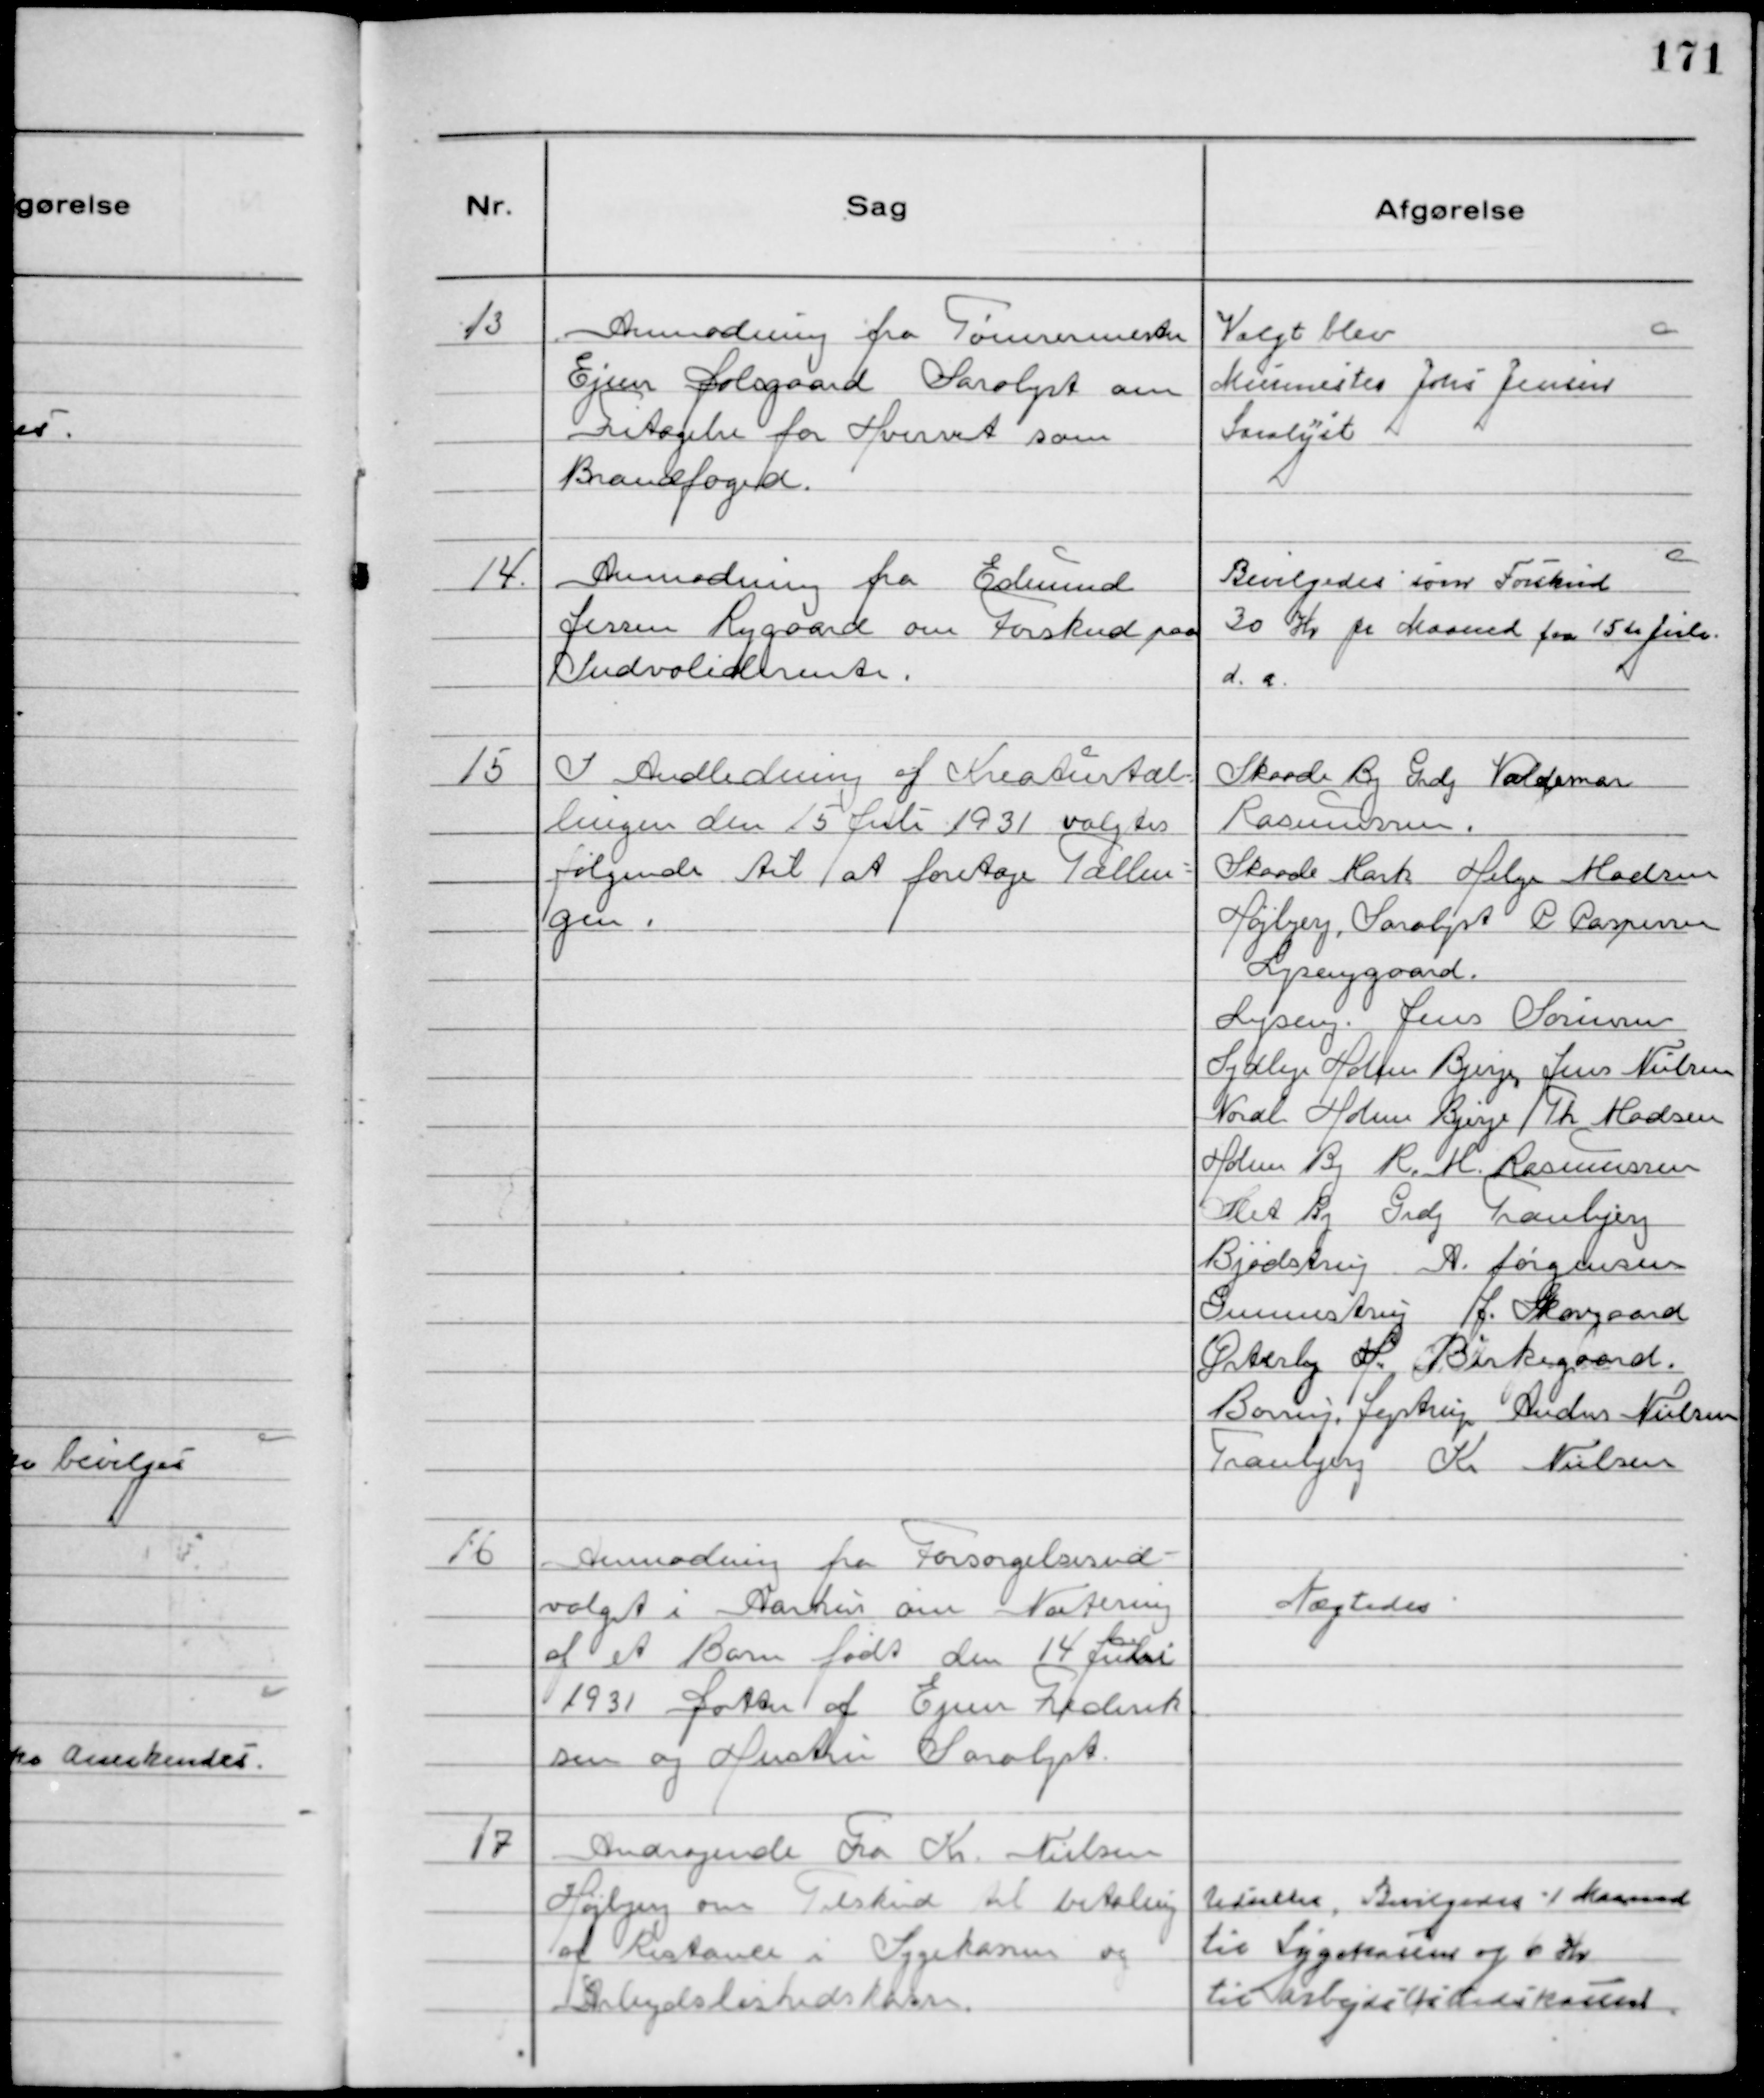
Transskription:
13
Anmodning fra Tømrermester
Ejner Dalsgaard Saralyst om
Fritagelse for Hvervet som
Brandfoged.

Valgt blev
Muremester Jens Jensen
Saralyst

14.
Anmodning fra Edmund
Jessen Rygaard om Forskud paa
Indvaliderente.

Bevilgedes som Forskud
30 Kr pr Maaned fra 15te Juli
d.a.

15
I Andledning af Kreaturtæl-
lingen den 15 Juli 1931 valgtes
følgende til at foretage Tællin-
gen.

Skaade By Grdj Valdemar
Rasmussen.
Skaade Mark Helge Madsen
Højbjerg, Saralyst C Caspersen
Lysenggaard.
Lyseng. Jens Sørensen
Sydlige Holme Bjerge, Jens Nielsen
Nordl Holme Bjerge Th Madsen
Holme By R. M. Rasmussen
Slet By Grdj Tranbjerg
Bjødstrup A. Jørgensen
Gunnestrup J. Skovgaard
Østerby H. Birkegaard
Børup. Jegstrup Anders Nielsen
Tranbjerg Kr Nielsen

16
Anmodning fra Forsørgelsesud-
valget i Aarhus om Notering
af et Barn født den 14 Juli
1931 Datter af Ejner Frederik
sen og Hustru Saralyst

Nægtedes

17
Andragende Fra Kr Nielsen
Højbjerg om Tilskud til betaling
af Restance i Sygekassen og
Arbejdsløshedskasse.

Udsattes, Bevilgedes 1 Maaned
til Sygekassen og 6 Kr
til Arbejdsløshedskassen.